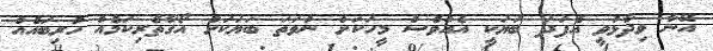
އޭނާ ވިދާޅުވީ އެފަދަ ބަޔަކީ އެއްވެސް މީހަކަށް ނުވަތަ ބަޔަކަށް އޯގާތެރިކަމެއް ހުރިބައެއް